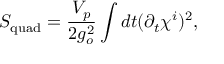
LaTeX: S _ { \mathrm { q u a d } } = \frac { V _ { p } } { 2 g _ { o } ^ { 2 } } \int d t ( \partial _ { t } \chi ^ { i } ) ^ { 2 } ,